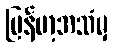
မြန်မာ့အသံမှ